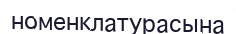
номенклатурасына